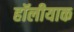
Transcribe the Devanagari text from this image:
हॉलीयाक